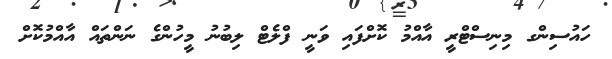
ހައުސިންގ މިނިސްޓްރީ އާއްމު ކޮށްފައި ވަނީ ފްލެޓް ލިބުނު މީހުންގެ ނަންތައް އާއްމުކޮށް